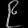
Digit: ၉